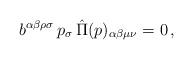
LaTeX: \begin{align*}b^{\alpha\beta\rho\sigma}\,p_{\sigma}\,\hat{\Pi}(p)_{\alpha\beta\mu\nu}=0\,,\end{align*}